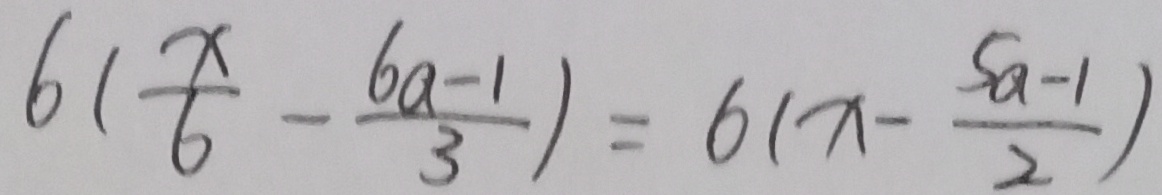
6 ( \frac { x } { 6 } - \frac { 6 a - 1 } { 3 } ) = 6 ( x - \frac { 5 a - 1 } { 2 } )